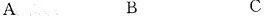
A B C